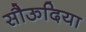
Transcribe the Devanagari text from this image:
सौऊदिया